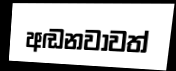
අඬනවාවත්